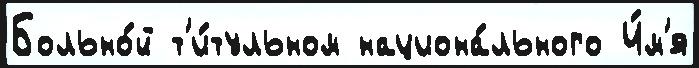
Больно́й т'и́тульном национа́льного И́м'я